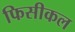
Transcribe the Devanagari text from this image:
फिसीकल